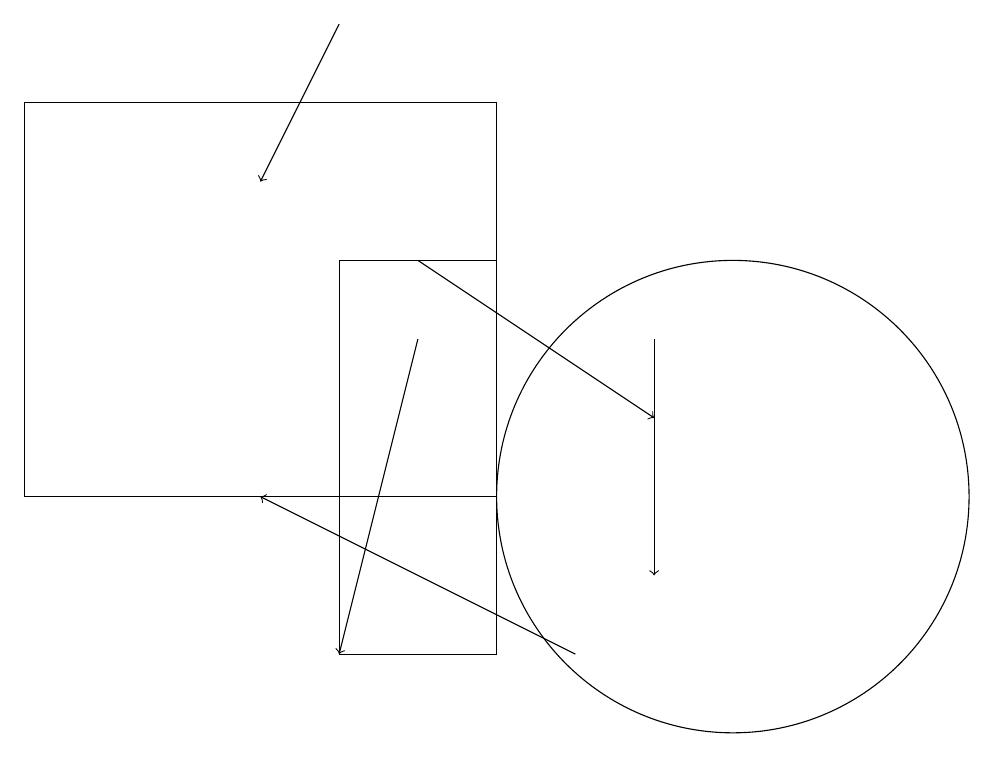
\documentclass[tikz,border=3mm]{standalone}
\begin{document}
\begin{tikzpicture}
\draw (7,15) rectangle (5,10);
\draw[->] (5,18) -- (4,16);
\draw (10,12) circle (3);
\draw[->] (9,14) -- (9,11);
\draw (1,17) rectangle (7,12);
\draw[->] (6,14) -- (5,10);
\draw[->] (8,10) -- (4,12);
\draw[->] (6,15) -- (9,13);
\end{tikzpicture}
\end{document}